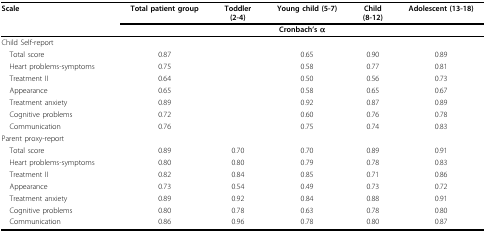
<table><thead><tr><td><b>Scale</b></td><td><b>Total patient group</b></td><td><b>Toddler(2-4)</b></td><td><b>Young child (5-7)</b></td><td><b>Child(8-12)</b></td><td><b>Adolescent (13-18)</b></td></tr><tr><td></td><td colspan="5"><b>Cronbach&#x27;s α</b></td></tr></thead><tbody><tr><td>Child Self-report</td><td></td><td></td><td></td><td></td><td></td></tr><tr><td> Total score</td><td>0.87</td><td></td><td>0.65</td><td>0.90</td><td>0.89</td></tr><tr><td> Heart problems-symptoms</td><td>0.75</td><td></td><td>0.58</td><td>0.77</td><td>0.81</td></tr><tr><td> Treatment II</td><td>0.64</td><td></td><td>0.50</td><td>0.56</td><td>0.73</td></tr><tr><td> Appearance</td><td>0.65</td><td></td><td>0.58</td><td>0.65</td><td>0.67</td></tr><tr><td> Treatment anxiety</td><td>0.89</td><td></td><td>0.92</td><td>0.87</td><td>0.89</td></tr><tr><td> Cognitive problems</td><td>0.72</td><td></td><td>0.60</td><td>0.76</td><td>0.78</td></tr><tr><td> Communication</td><td>0.76</td><td></td><td>0.75</td><td>0.74</td><td>0.83</td></tr><tr><td>Parent proxy-report</td><td></td><td></td><td></td><td></td><td></td></tr><tr><td> Total score</td><td>0.89</td><td>0.70</td><td>0.70</td><td>0.89</td><td>0.91</td></tr><tr><td> Heart problems-symptoms</td><td>0.80</td><td>0.80</td><td>0.79</td><td>0.78</td><td>0.83</td></tr><tr><td> Treatment II</td><td>0.82</td><td>0.84</td><td>0.85</td><td>0.71</td><td>0.86</td></tr><tr><td> Appearance</td><td>0.73</td><td>0.54</td><td>0.49</td><td>0.73</td><td>0.72</td></tr><tr><td> Treatment anxiety</td><td>0.89</td><td>0.92</td><td>0.84</td><td>0.88</td><td>0.91</td></tr><tr><td> Cognitive problems</td><td>0.80</td><td>0.78</td><td>0.63</td><td>0.78</td><td>0.80</td></tr><tr><td> Communication</td><td>0.86</td><td>0.96</td><td>0.78</td><td>0.80</td><td>0.87</td></tr></tbody></table>